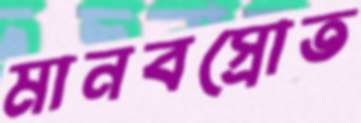
মানবস্রোত